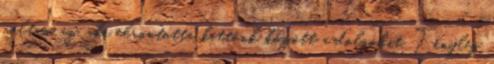
voltam az, aki elrontotta kettőnk között a dolgokat. Tényleg